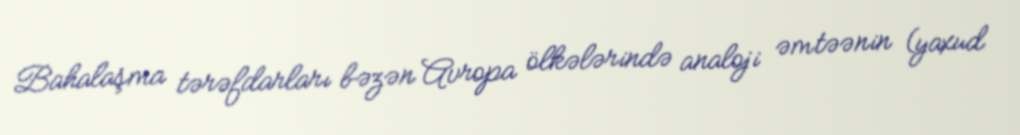
Bahalaşma tərəfdarları bəzən Avropa ölkələrində analoji əmtəənin (yaxud